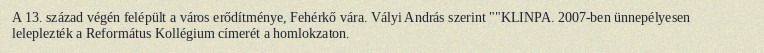
A 13. század végén felépült a város erődítménye, Fehérkő vára. Vályi András szerint ""KLINPA. 2007-ben ünnepélyesen leleplezték a Református Kollégium címerét a homlokzaton.